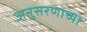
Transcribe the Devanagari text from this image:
अनुसरणाच्या